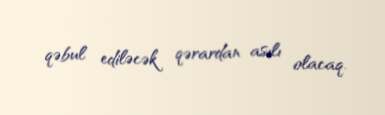
qəbul ediləcək qərardan asılı olacaq.